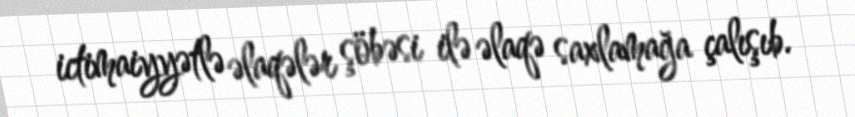
ictimaiyyətlə əlaqələr şöbəsi ilə əlaqə saxlamağa çalışıb.